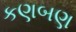
કણબણ